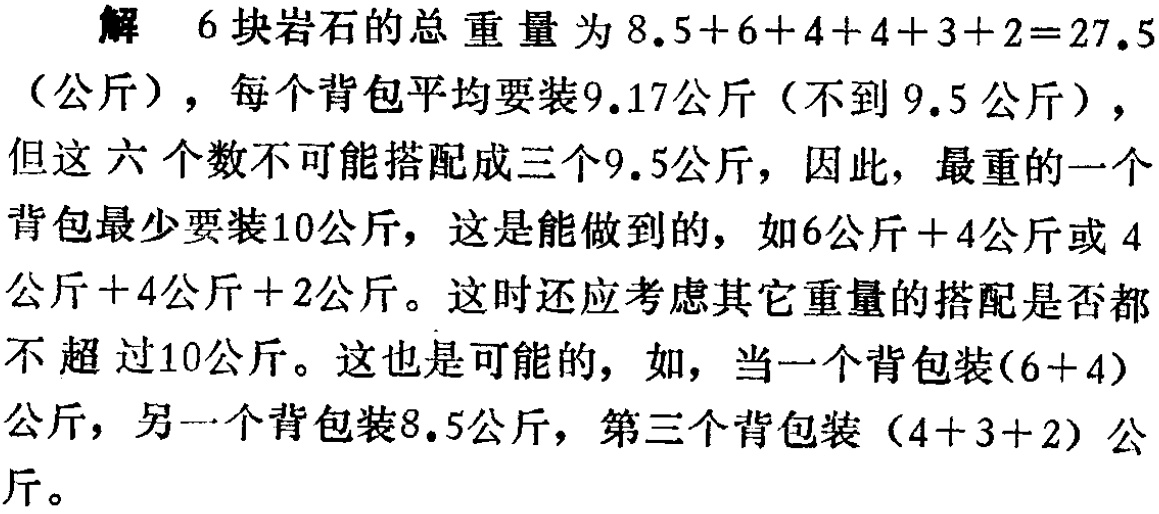
解 6块岩石的总重量为\(8.5 + 6 + 4 + 4 + 3 + 2 = 27.5\)（公斤），每个背包平均要装9.17公斤（不到9.5公斤），但这六个数不可能搭配成三个9.5公斤，因此，最重的一个背包最少要装10公斤，这是能做到的，如6公斤+4公斤或4公斤+4公斤+2公斤。这时还应考虑其它重量的搭配是否都不超过10公斤。这也是可能的，如，当一个背包装\((6 + 4)\)公斤，另一个背包装8.5公斤，第三个背包装\((4 + 3 + 2)\)公斤。